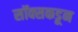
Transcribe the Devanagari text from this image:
सॉक्सकडून